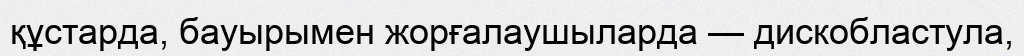
құстарда, бауырымен жорғалаушыларда — дискобластула,